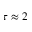
\tau \approx 2